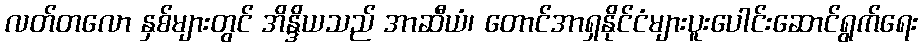
လတ်တလော နှစ်များတွင် အိန္ဒိယသည် အာဆီယံ၊ တောင်အာရှနိုင်ငံများပူးပေါင်းဆောင်ရွက်ရေး